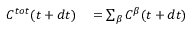
\begin{array} { r l } { C ^ { t o t } ( t + d t ) } & { { } = \sum _ { \beta } C ^ { \beta } ( t + d t ) } \end{array}